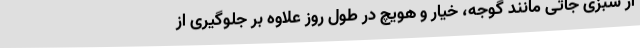
از سبزی جاتی مانند گوجه، خیار و هویچ در طول روز علاوه بر جلوگیری از